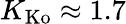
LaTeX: K_{\mathrm{Ko}}\approx 1.7